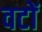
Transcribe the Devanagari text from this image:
वटों